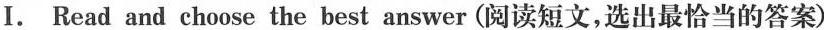
I. Read and choose the best answer (阅读短文,选出最恰当的答案)